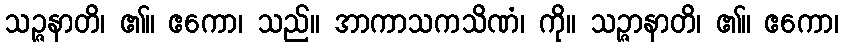
သဉ္ဇနာတိ၊ ၏။ ဧကော၊ သည်။ အာကာသကသိဏံ၊ ကို။ သဉ္ဇာနာတိ၊ ၏။ ဧကော၊